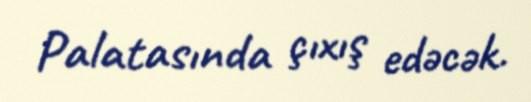
Palatasında çıxış edəcək.